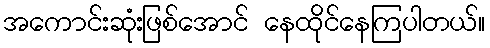
အကောင်းဆုံးဖြစ်အောင် နေထိုင်နေကြပါတယ်။